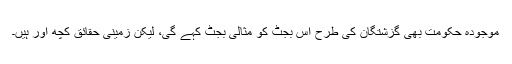
موجودہ حکومت بھی گزشتگان کی طرح اس بجٹ کو مثالی بجٹ کہے گی، لیکن زمینی حقائق کچھ اور ہیں۔